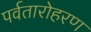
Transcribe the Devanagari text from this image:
पर्वतारोहरण